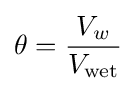
\theta ={\frac {V_{w}}{V_{\text{wet}}}}